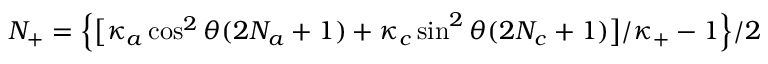
N _ { + } = \Big \{ \big [ \kappa _ { a } \cos ^ { 2 } \theta ( 2 N _ { a } + 1 ) + \kappa _ { c } \sin ^ { 2 } \theta ( 2 N _ { c } + 1 ) \big ] / \kappa _ { + } - 1 \Big \} / 2